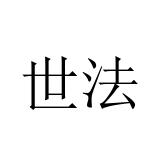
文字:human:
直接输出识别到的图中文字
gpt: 世法